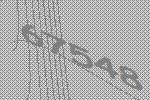
67548